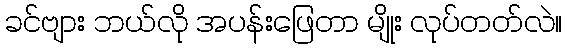
ခင်ဗျား ဘယ်လို အပန်းဖြေတာ မျိုး လုပ်တတ်လဲ။